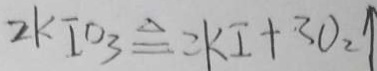
2 K I O _ { 3 } \Delta q k I + 3 0 _ { 2 } \uparrow